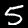
Label: 5